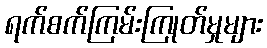
ရက်စက်ကြမ်းကြုတ်မှုများ